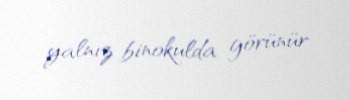
yalnız binokulda görünür.